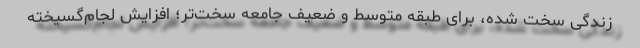
زندگی سخت شده، برای طبقه متوسط و ضعیف جامعه سخت‌تر؛ افزایش لجام‌گسیخته